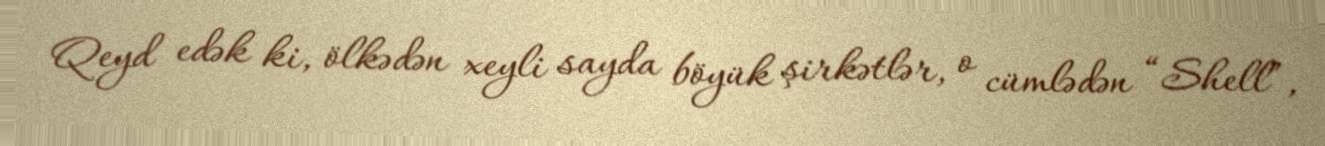
Qeyd edək ki, ölkədən xeyli sayda böyük şirkətlər, o cümlədən “Shell”,